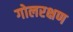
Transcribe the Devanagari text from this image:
गोलरक्षण